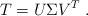
LaTeX: \begin{align*} T = U \Sigma V^T \; .\end{align*}